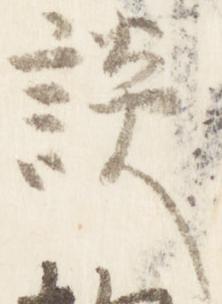
談